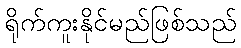
ရိုက်ကူးနိုင်မည်ဖြစ်သည်